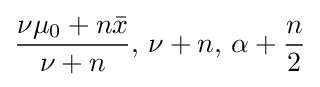
{\frac {\nu \mu _{0}+n{\bar {x}}}{\nu +n}},\,\nu +n,\,\alpha +{\frac {n}{2}}